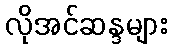
လိုအင်ဆန္ဒများ